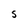
Character: S